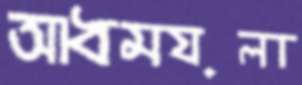
আধময়লা